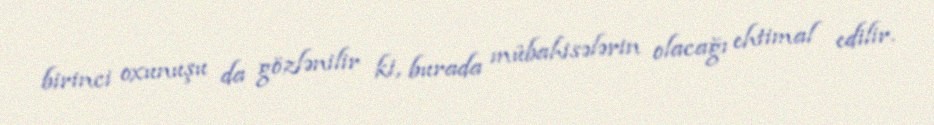
birinci oxunuşu da gözlənilir ki, burada mübahisələrin olacağı ehtimal edilir.